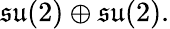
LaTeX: {\mathfrak{su}}(2)\oplus{\mathfrak{su}}(2).